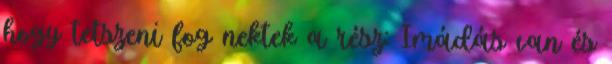
hogy tetszeni fog nektek a rész: Imádás van és